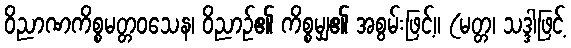
ဝိညာဏကိစ္စမတ္တဝသေန၊ ဝိညာဉ်၏ ကိစ္စမျှ၏ အစွမ်းဖြင့်။ (မတ္တ၊ သဒ္ဒါဖြင့်